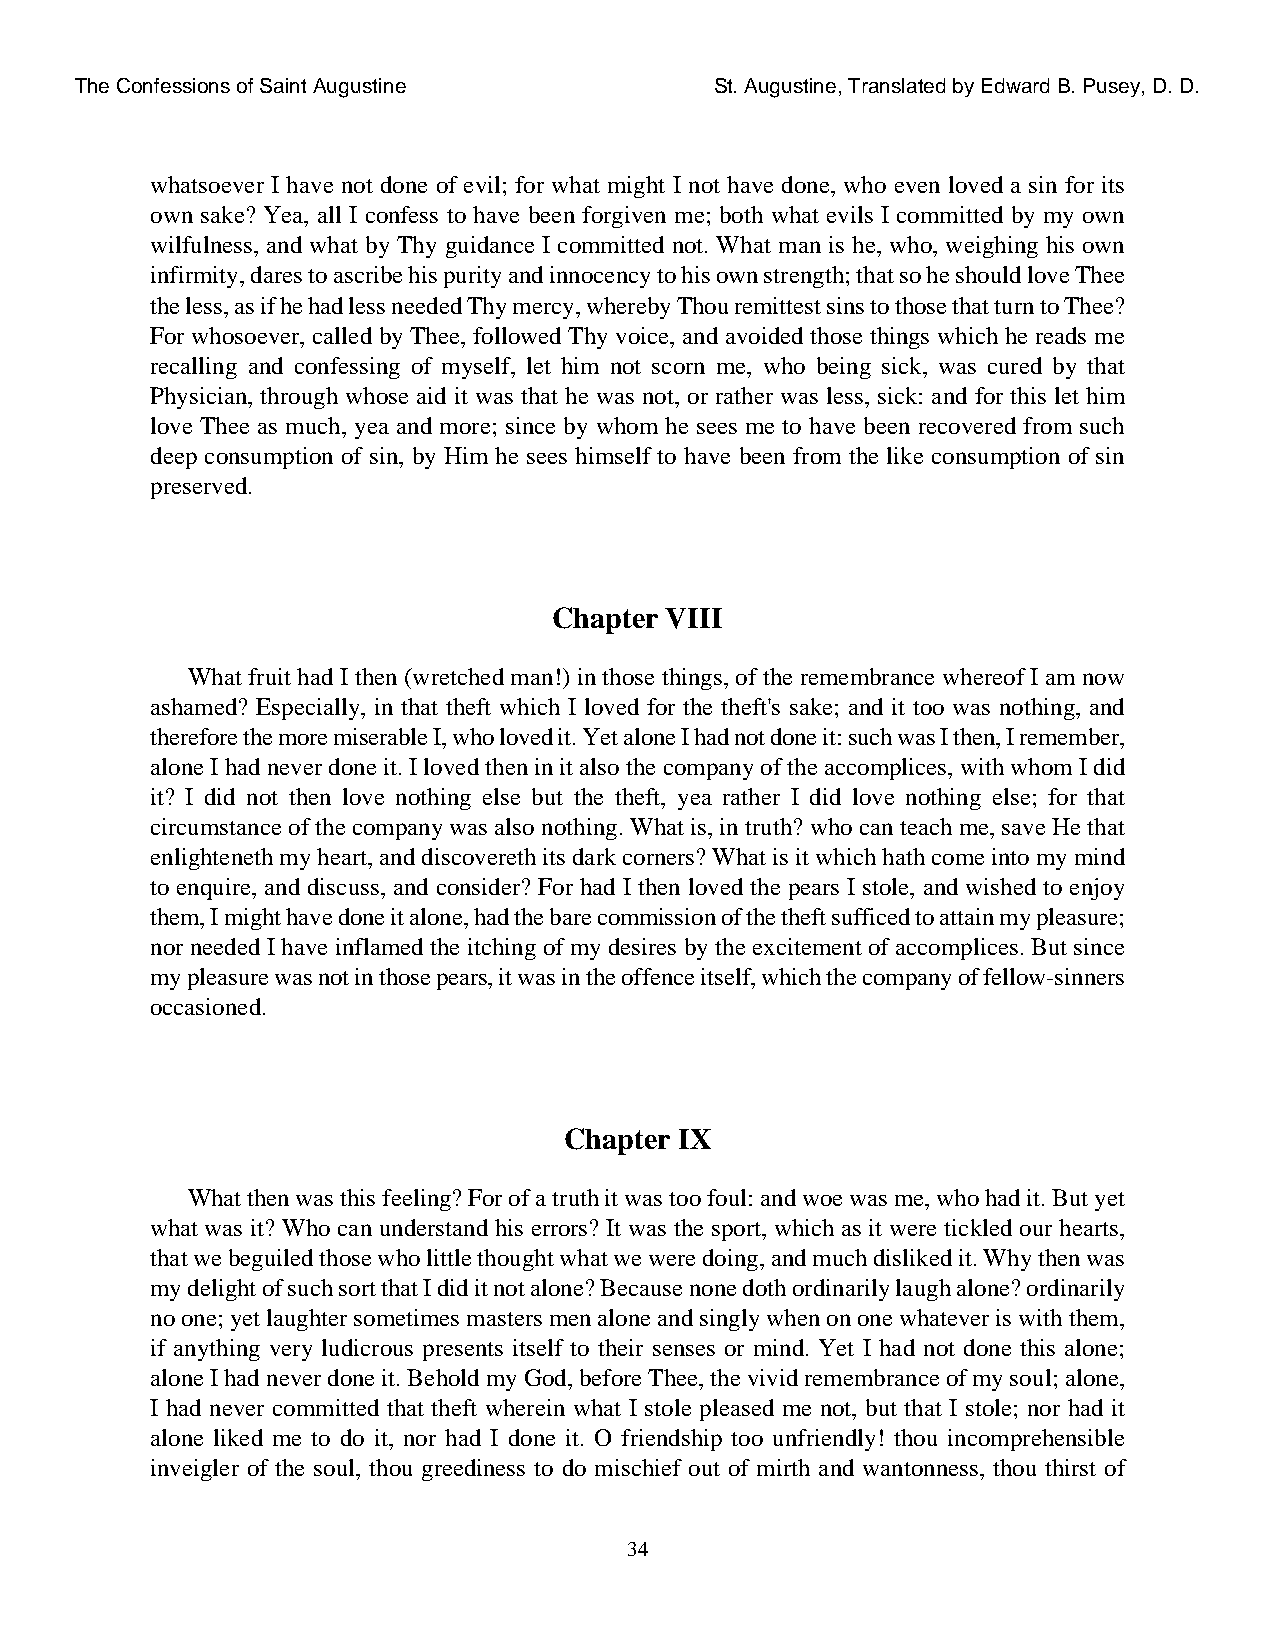
The Confessions of Saint Augustine        St. Augustine, Translated by Edward B. Pusey, D. D.
 whatsoever I have not done of evil; for what might I not have done, who even loved a sin for its
 own sake? Yea, all I confess to have been forgiven me; both what evils I committed by my own
 wilfulness, and what by Thy guidance I committed not. What man is he, who, weighing his own
 infirmity, dares to ascribe his purity and innocency to his own strength; that so he should love Thee
 the less, as if he had less needed Thy mercy, whereby Thou remittest sins to those that turn to Thee?
 For whosoever, called by Thee, followed Thy voice, and avoided those things which he reads me
 recalling and confessing of myself, let him not scorn me, who being sick, was cured by that
 Physician, through whose aid it was that he was not, or rather was less, sick: and for this let him
 love Thee as much, yea and more; since by whom he sees me to have been recovered from such
 deep consumption of sin, by Him he sees himself to have been from the like consumption of sin
 preserved.
 Chapter VIII
 What fruit had I then (wretched man!) in those things, of the remembrance whereof I am now
 ashamed? Especially, in that theft which I loved for the theft's sake; and it too was nothing, and
 therefore the more miserable I, who loved it. Yet alone I had not done it: such was I then, I remember,
 alone I had never done it. I loved then in it also the company of the accomplices, with whom I did
 it? I did not then love nothing else but the theft, yea rather I did love nothing else; for that
 circumstance of the company was also nothing. What is, in truth? who can teach me, save He that
 enlighteneth my heart, and discovereth its dark corners? What is it which hath come into my mind
 to enquire, and discuss, and consider? For had I then loved the pears I stole, and wished to enjoy
 them, I might have done it alone, had the bare commission of the theft sufficed to attain my pleasure;
 nor needed I have inflamed the itching of my desires by the excitement of accomplices. But since
 my pleasure was not in those pears, it was in the offence itself, which the company of fellow-sinners
 occasioned.
 Chapter IX
 What then was this feeling? For of a truth it was too foul: and woe was me, who had it. But yet
 what was it? Who can understand his errors? It was the sport, which as it were tickled our hearts,
 that we beguiled those who little thought what we were doing, and much disliked it. Why then was
 my delight of such sort that I did it not alone? Because none doth ordinarily laugh alone? ordinarily
 no one; yet laughter sometimes masters men alone and singly when on one whatever is with them,
 if anything very ludicrous presents itself to their senses or mind. Yet I had not done this alone;
 alone I had never done it. Behold my God, before Thee, the vivid remembrance of my soul; alone,
 I had never committed that theft wherein what I stole pleased me not, but that I stole; nor had it
 alone liked me to do it, nor had I done it. O friendship too unfriendly! thou incomprehensible
 inveigler of the soul, thou greediness to do mischief out of mirth and wantonness, thou thirst of
 34